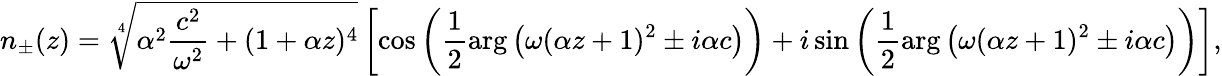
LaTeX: n_{\pm}(z)=\sqrt[4]{\alpha^{2}\frac{c^{2}}{\omega^{2}}+(1+\alpha z)^{4}}\left[\cos\left(\frac{1}{2}\arg\left(\omega(\alpha z+1)^{2}\pm i\alpha c\right)\right)+i\sin\left(\frac{1}{2}\arg\left(\omega(\alpha z+1)^{2}\pm i\alpha c\right)\right)\right],